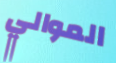
الموالي